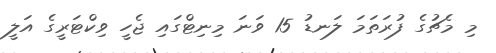
މި މެޗުގެ ފުރަތަމަ ލަނޑު 15 ވަނަ މިނިޓްގައި ޖެހީ ވިކްޓަރީގެ އަލީ